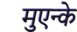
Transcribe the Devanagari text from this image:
मुएन्के